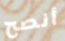
أنصح